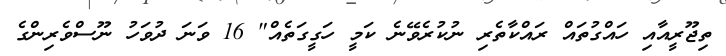
ތިޖޫރީއާއި ހައްގުތައް ރައްކާތެރި ނުކުރެވޭނެ ކަމީ ހަގީގަތެއް" 16 ވަނަ ދުވަހު ނޫސްވެރިންގެ